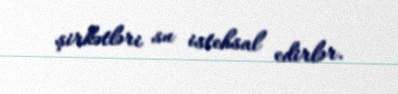
şirkətləri su istehsal edirlər.